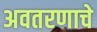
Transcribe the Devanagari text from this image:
अवतरणाचे